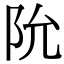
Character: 阭